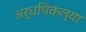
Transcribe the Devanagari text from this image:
अर्धपिकल्या